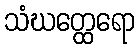
သံဃတ္ထေရော